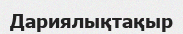
Дариялықтақыр